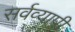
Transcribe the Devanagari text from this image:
सर्वव्‍यापी